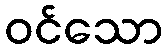
ဝင်သော